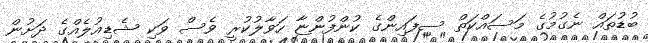
ބުޑުތައް ނެގުމުގެ މަސައްކަތް ސިފައިންގެ ކުންފުންޏާ ހަވާލުކުރީ ވެސް ވަކި ޝެޑިއުލެއްގެ ދަށުން